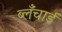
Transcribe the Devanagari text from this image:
ब्लँचार्ड